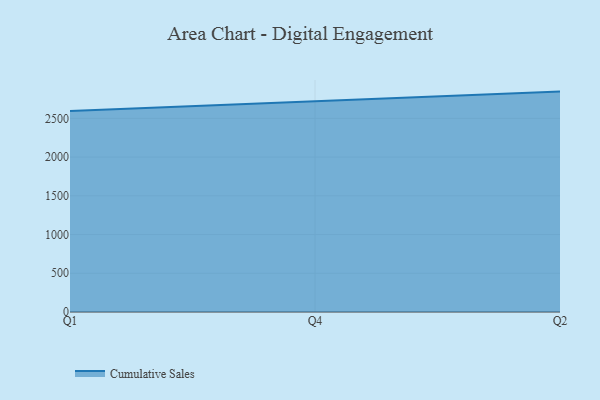
{"axis": {"x": "Quarter", "y": "Shipments"}, "legend": ["Cumulative Sales"], "data": [{"x": "Q1", "y": 2596.5, "type": "Cumulative Sales"}, {"x": "Q4", "y": 2723.3, "type": "Cumulative Sales"}, {"x": "Q2", "y": 2845.6, "type": "Cumulative Sales"}]}